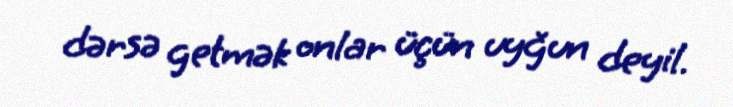
dərsə getmək onlar üçün uyğun deyil.